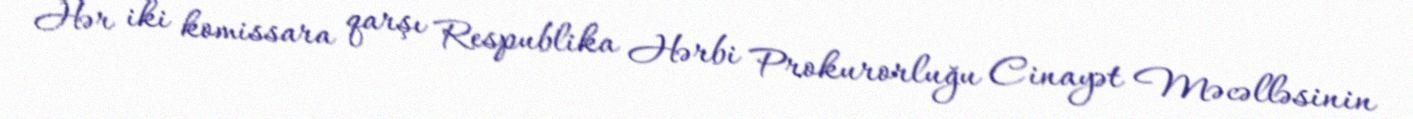
Hər iki komissara qarşı Respublika Hərbi Prokurorluğu Cinayət Məcəlləsinin